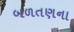
બળતણના